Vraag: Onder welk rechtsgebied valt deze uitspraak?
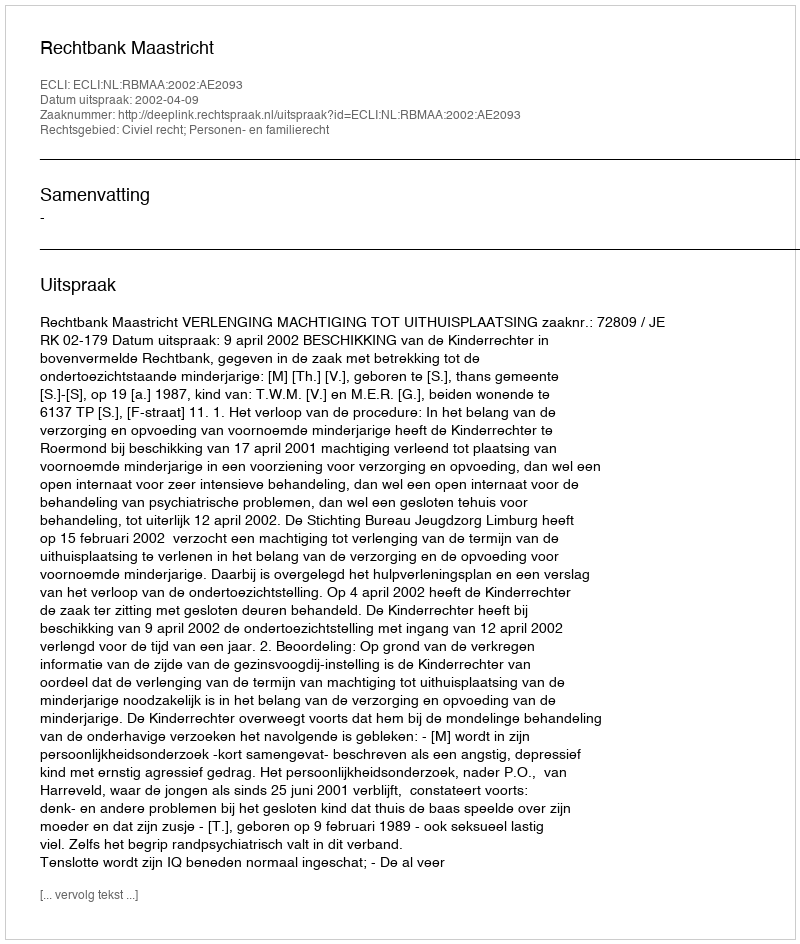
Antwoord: Civiel recht; Personen- en familierecht